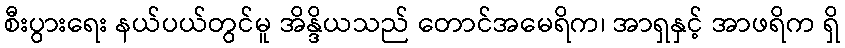
စီးပွားရေး နယ်ပယ်တွင်မူ အိန္ဒိယသည် တောင်အမေရိက၊ အာရှနှင့် အာဖရိက ရှိ